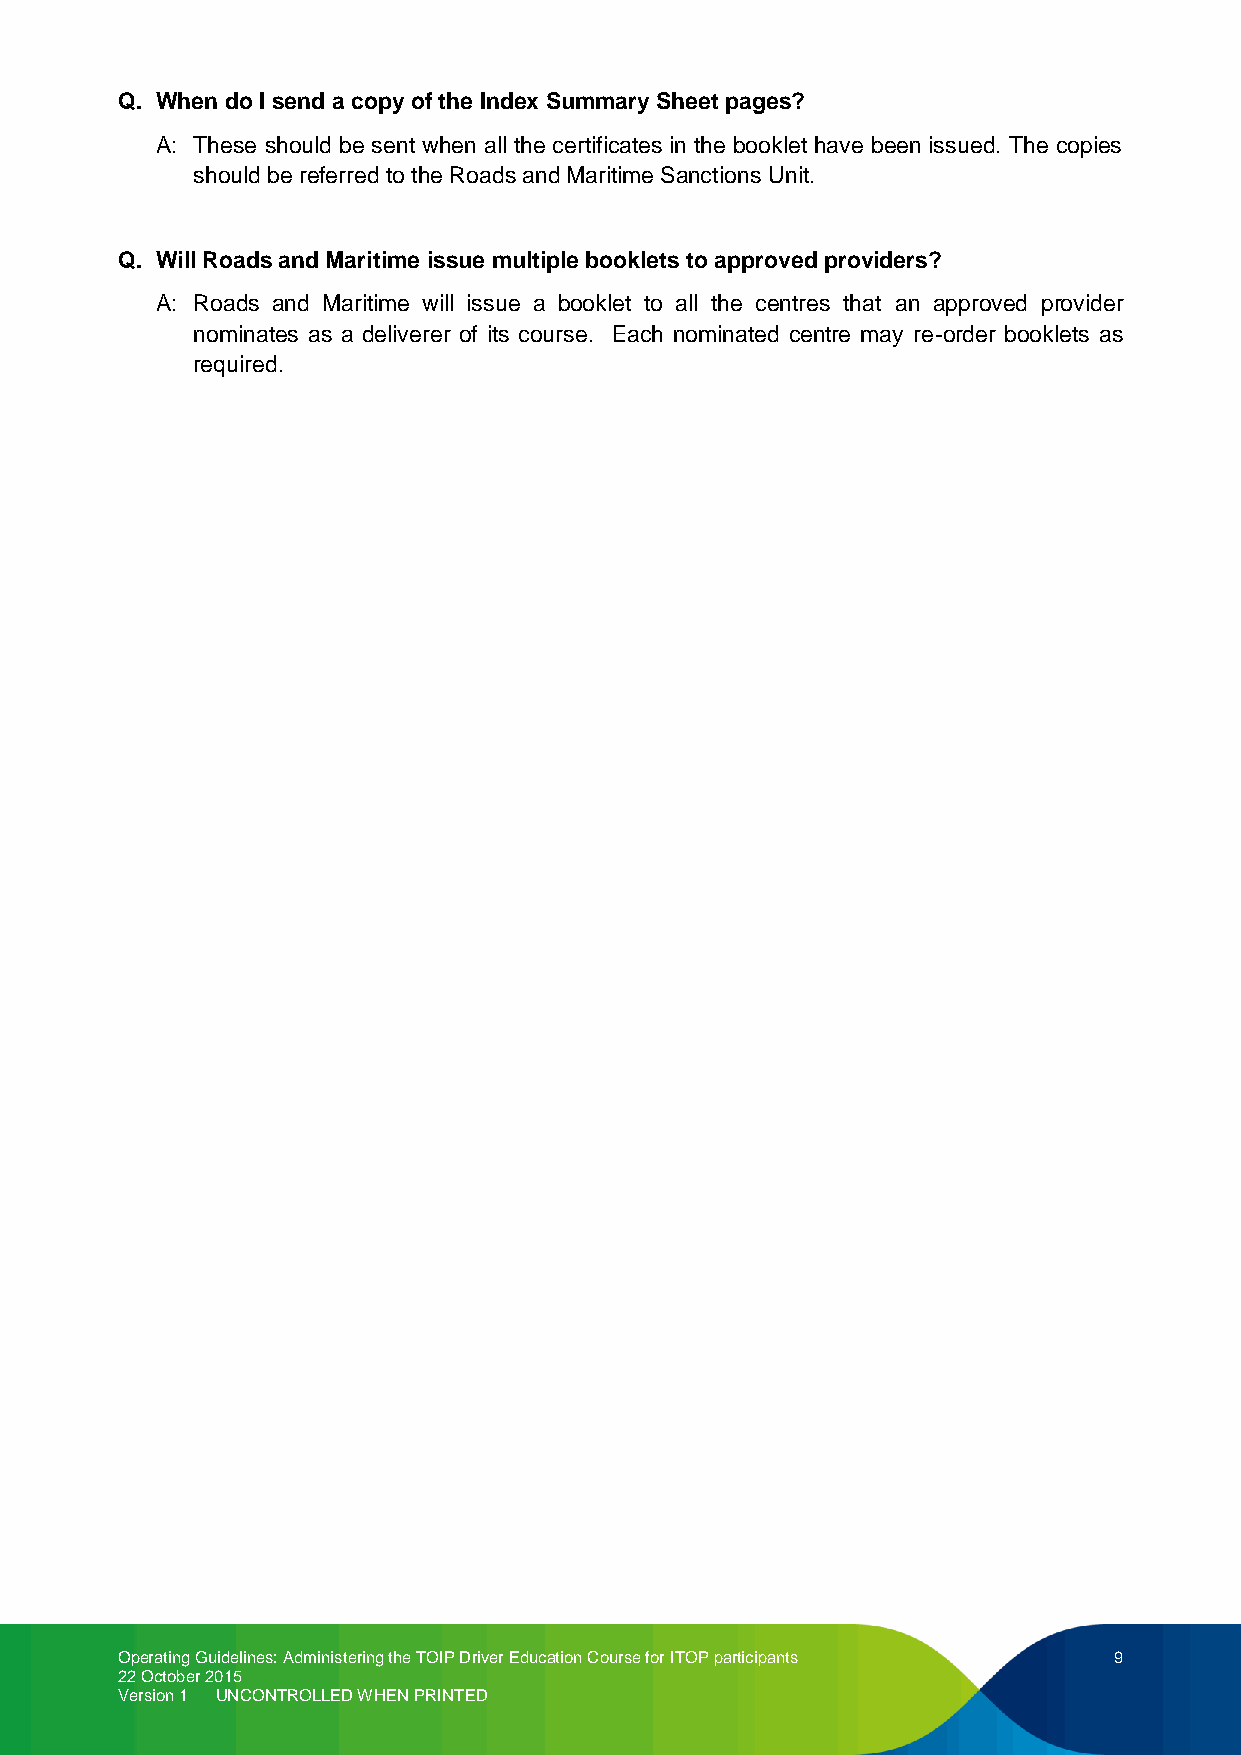
Q. When do I send a copy of the Index Summary Sheet pages?
 A: These should be sent when all the certificates in the booklet have been issued. The copies
 should be referred to the Roads and Maritime Sanctions Unit.
 Q. Will Roads and Maritime issue multiple booklets to approved providers?
 A: Roads and Maritime will issue a booklet to all the centres that an approved provider
 nominates as a deliverer of its course. Each nominated centre may re-order booklets as
 required.
 Operating Guidelines: Administering the TOIP Driver Education Course for ITOP participants 9
 22 October 2015
 Version 1 UNCONTROLLED WHEN PRINTED